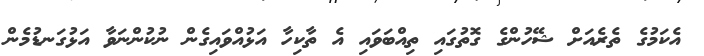
އެކަމުގެ ތެރެއަށް ޝޭހުންގެ ގޮތުގައި ތިއްބަވައި އެ ތާކިހާ އަޅުއްވައިގެން ނުކުންނަވާ އަޅުގަނޑުމެން